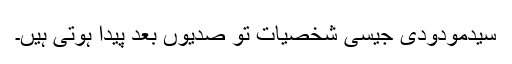
سیّدمودودیؒ جیسی شخصیات تو صدیوں بعد پیدا ہوتی ہیں۔